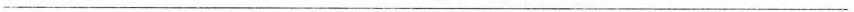
___